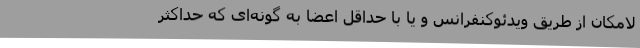
لامکان از طریق ویدئوکنفرانس و یا با حداقل اعضا به گونه‌ای که حداکثر